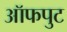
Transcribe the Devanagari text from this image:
ऑफपुट